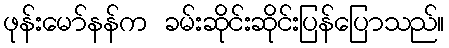
ဖုန်းမော်နန်က ခမ်းဆိုင်းဆိုင်းပြန်ပြောသည်။